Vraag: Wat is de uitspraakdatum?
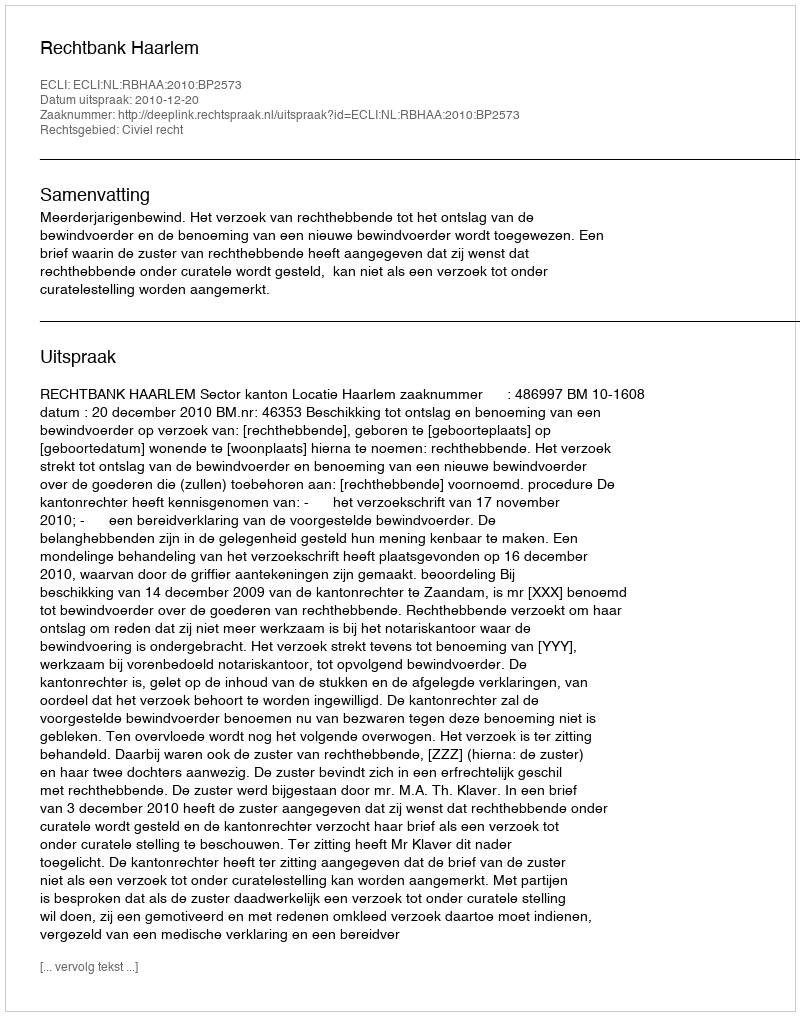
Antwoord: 2010-12-20